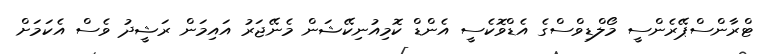
ޓްރާންސްޕޭރެންސީ މޯލްޑިވްސްގެ އެޑްވޮކެސީ އެންޑް ކޮމިއުނިކޭޝަން މެނޭޖަރު އައިމަން ރަޝީދު ވެސް އެކަމަށް